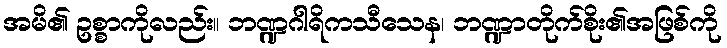
အမိ၏ ဥစ္စာကိုလည်း။ ဘဏ္ဍဂါရိကသီသေန၊ ဘဏ္ဍာတိုက်စိုး၏အဖြစ်ကို